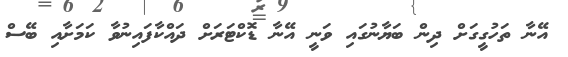
އޭނާ ތަހުގީގަށް ދިން ބަޔާނުގައި ވަނީ އޭނާ ޑޮކްޓަރަށް ދައްކާފައިނުވާ ކަމަށާއި ބޭސް